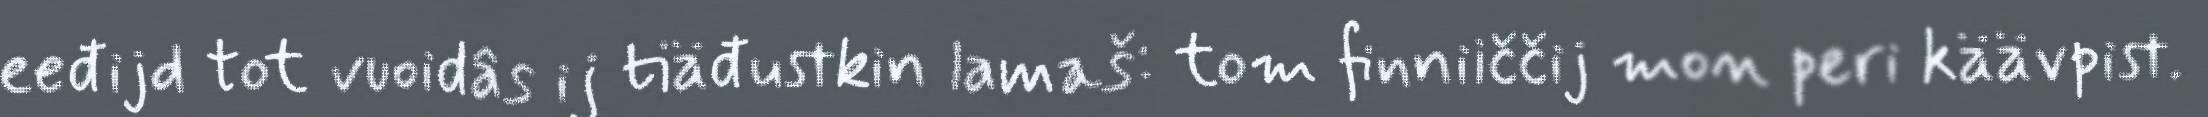
eeđijd tot vuoidâs ij tiäđustkin lamaš: tom finniiččij mon peri käävpist.